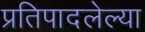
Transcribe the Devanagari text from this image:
प्रतिपादलेल्या